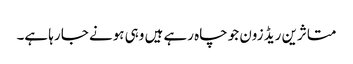
متاثرین ریڈ زون جو چاہ رہے ہیں وہی ہونے جا رہا ہے۔